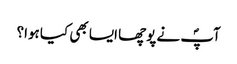
آپؐ نے پوچھا ایسا بھی کیا ہوا؟